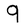
Character: q